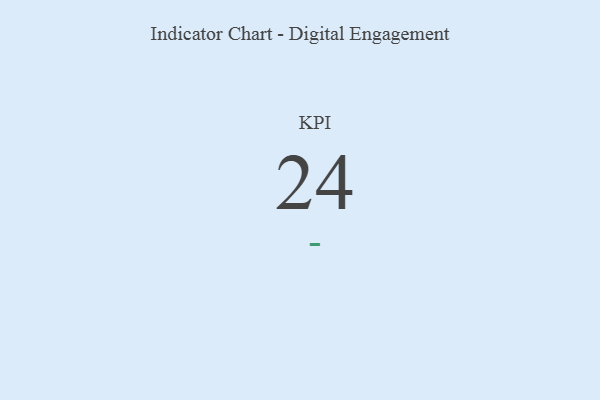
{"axis": {"x": "KPI", "y": "Value"}, "legend": [""], "data": [{"x": "KPI", "y": 24, "type": ""}]}